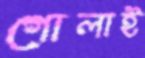
গোলাই